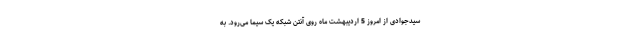
سیدجوادی از امروز 5 اردیبهشت ماه روی آنتن شبکه یک سیما می‌رود. به